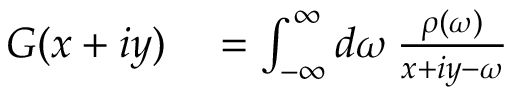
\begin{array} { r l } { G ( x + i y ) } & { { } = \int _ { - \infty } ^ { \infty } d \omega \, \frac { \rho ( \omega ) } { x + i y - \omega } } \end{array}